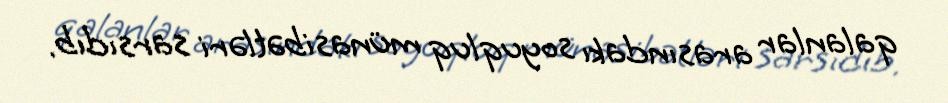
qalanlar arasındakı soyuqluq münasibətləri sarsıdıb.